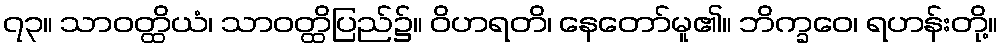
၇၃။ သာဝတ္ထိယံ၊ သာဝတ္ထိပြည်၌။ ဝိဟရတိ၊ နေတော်မူ၏။ ဘိက္ခဝေ၊ ရဟန်းတို့။